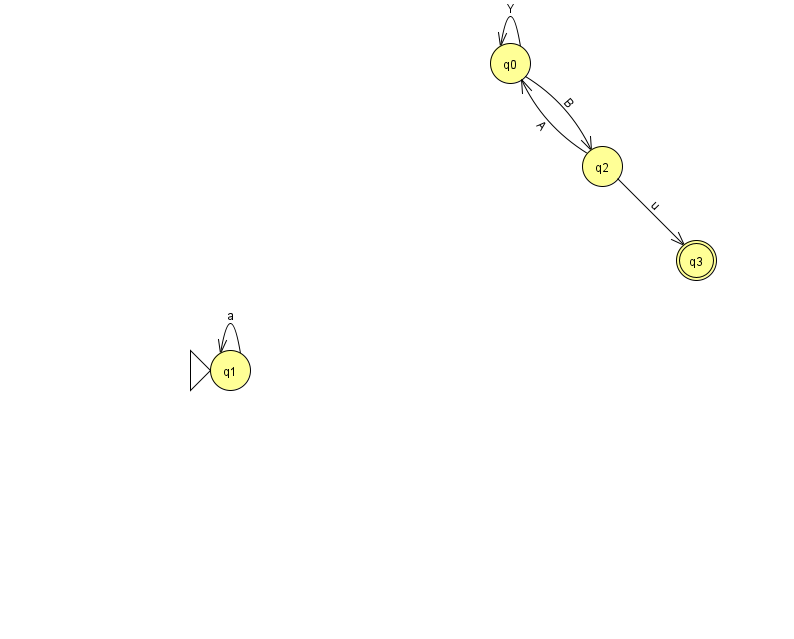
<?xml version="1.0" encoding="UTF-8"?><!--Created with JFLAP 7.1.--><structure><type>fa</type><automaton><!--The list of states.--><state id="0" name="q0"><x>510.0</x><y>50.0</y></state><state id="1" name="q1"><x>230.0</x><y>357.0</y><initial/></state><state id="2" name="q2"><x>602.0</x><y>153.0</y></state><state id="3" name="q3"><x>696.0</x><y>247.0</y><final/></state><!--The list of transitions.--><transition><from>1</from><to>1</to><read>a</read></transition><transition><from>2</from><to>0</to><read>A</read></transition><transition><from>0</from><to>2</to><read>B</read></transition><transition><from>0</from><to>0</to><read>Y</read></transition><transition><from>2</from><to>3</to><read>u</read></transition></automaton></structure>